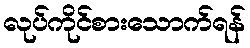
လုပ်ကိုင်စားသောက်ရန်